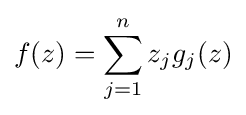
f(z)=\sum _{j=1}^{n}z_{j}g_{j}(z)